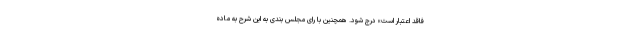
فاقد اعتبار است» درج شود. همچنین با رای مجلس بندی به این شرح به ماده